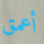
أعمق